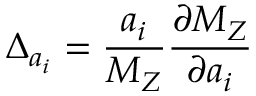
\Delta _ { a _ { i } } = { \frac { a _ { i } } { M _ { Z } } } { \frac { \partial M _ { Z } } { \partial a _ { i } } }